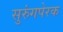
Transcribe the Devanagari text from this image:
सुरुंगपेरक